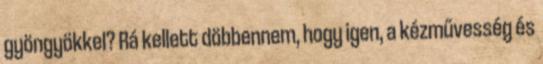
gyöngyökkel? Rá kellett döbbennem, hogy igen, a kézművesség és